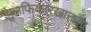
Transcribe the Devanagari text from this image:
झुलफिकारखानाला